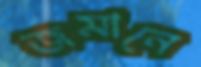
জমানে